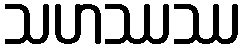
သဟဿဿ